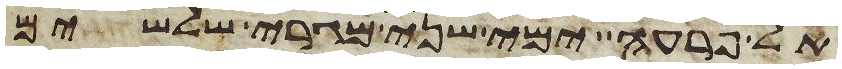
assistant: אל פרעה ימי שני מגרי שלשים